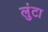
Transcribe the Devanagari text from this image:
लुंटा